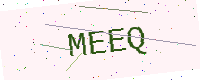
Text: MEEQ